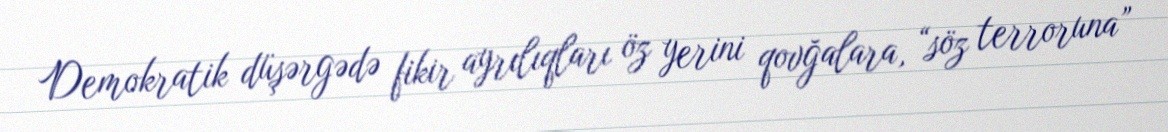
Demokratik düşərgədə fikir ayrılıqları öz yerini qovğalara, “söz terroruna”